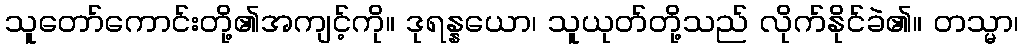
သူတော်ကောင်းတို့၏အကျင့်ကို။ ဒုရန္နယော၊ သူယုတ်တို့သည် လိုက်နိုင်ခဲ၏။ တသ္မာ၊